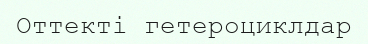
Оттекті гетероциклдар